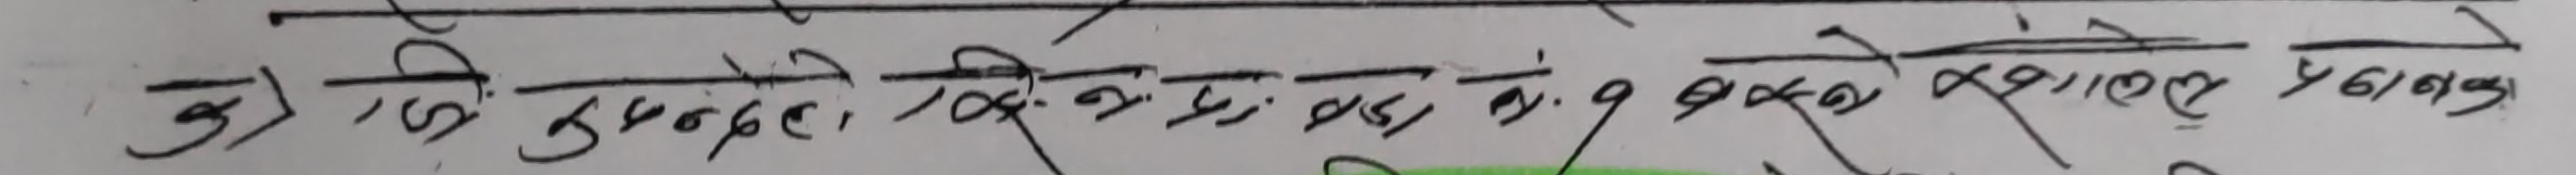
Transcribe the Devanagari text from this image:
डी.टी. लुम्बिनी, प्रो. डा. जे.बी. श्रेष्ठ, प्रा. डा. ९. वाग्लेको स्वामित्वमा